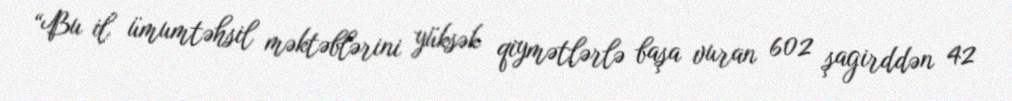
“Bu il ümumtəhsil məktəblərini yüksək qiymətlərlə başa vuran 602 şagirddən 42